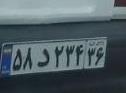
۵۸د۲۳۴۳۶